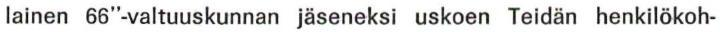
lainen 66"-valtuuskunnan jäseneksi uskoen Teidän henkilökoh-